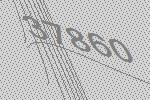
37860